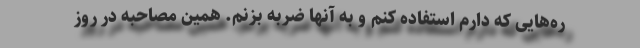
ره‌هایی که دارم استفاده کنم و به آنها ضربه بزنم. همین مصاحبه در روز